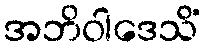
အဘိဝါဒေသိံ